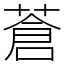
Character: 蒼